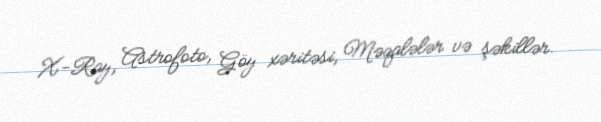
X-Ray, Astrofoto, Göy xəritəsi, Məqalələr və şəkillər.